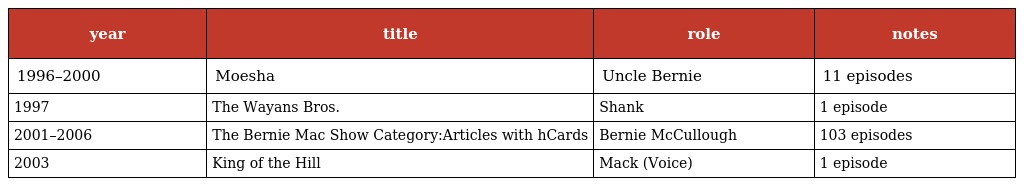
| year | title | role | notes |
 | --- | --- | --- | --- |
 | 1996–2000 | Moesha | Uncle Bernie | 11 episodes |
 | 1997 | The Wayans Bros. | Shank | 1 episode |
 | 2001–2006 | The Bernie Mac Show Category:Articles with hCards | Bernie McCullough | 103 episodes |
 | 2003 | King of the Hill | Mack (Voice) | 1 episode |